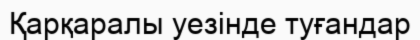
Қарқаралы уезінде туғандар